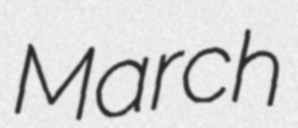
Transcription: March